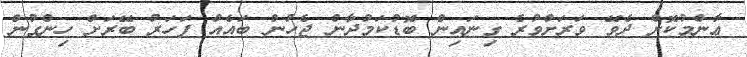
ޢާންމުކޮށް ދެވޭ ވަރަށްވުރެ ގިނައިން ބޮޑުކަމުދާން ޖެހުން ބައެއް ފަހަރު ބޭރަށް ހިންގުން